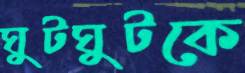
ঘুটঘুটকে